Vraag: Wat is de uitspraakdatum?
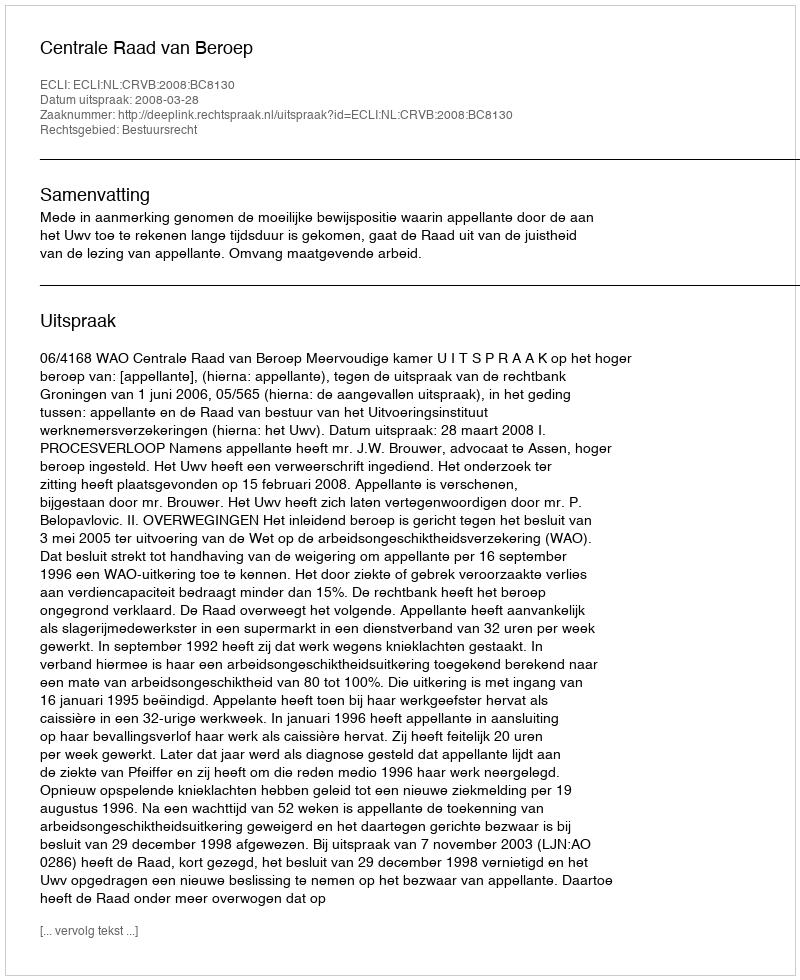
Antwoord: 2008-03-28